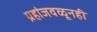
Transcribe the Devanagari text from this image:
ग्रहांजवळूनही